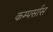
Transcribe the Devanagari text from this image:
कम्पर्सास